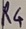
Text: R4